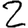
Digit: 2